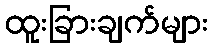
ထူးခြားချက်များ